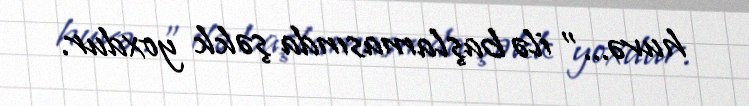
huvə...” ilə başlamasında şəkk yoxdur.